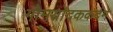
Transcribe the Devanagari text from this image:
गोमयोदककर्दमे